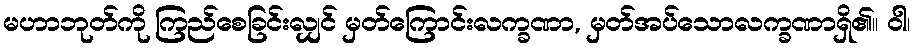
မဟာဘုတ်ကို ကြည်စေခြင်းလျှင် မှတ်ကြောင်းလက္ခဏာ, မှတ်အပ်သောလက္ခဏာရှိ၏။ ဝါ၊